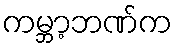
ကမ္ဘာ့ဘဏ်က